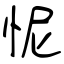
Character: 怩